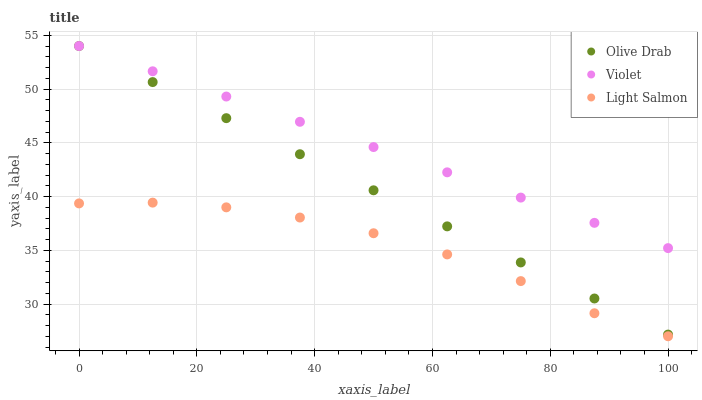
| xaxis_label | Olive Drab | Violet | Light Salmon |
 | --- | --- | --- | --- |
 | 0 | 54 | 54 | 39.4 |
 | 12.5 | 50.6 | 51.6 | 39.4 |
 | 25 | 47.3 | 49.3 | 39 |
 | 37.5 | 43.9 | 46.9 | 38 |
 | 50 | 40.6 | 44.6 | 36.6 |
 | 62.5 | 37.2 | 42.2 | 34.6 |
 | 75 | 33.9 | 39.9 | 32.1 |
 | 87.5 | 30.5 | 37.5 | 29.1 |
 | 100 | 27.2 | 35.2 | 27 |